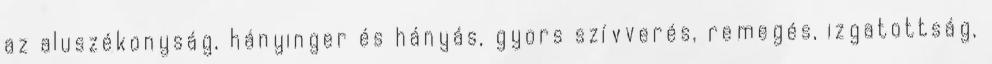
az aluszékonyság, hányinger és hányás, gyors szívverés, remegés, izgatottság,